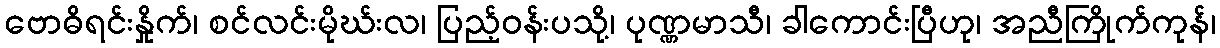
ဗောဓိရင်းနှိုက်၊ စင်လင်းမိုဃ်းလ၊ ပြည့်ဝန်းပသို့၊ ပုဏ္ဏမာသီ၊ ခါကောင်းပြီဟု၊ အညီကြိုက်ကုန်၊